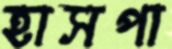
হাসপা